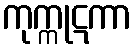
ကုက္ကုဋကာ